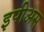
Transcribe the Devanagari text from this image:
इपीअस